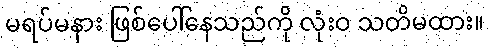
မရပ်မနား ဖြစ်ပေါ်နေသည်ကို လုံးဝ သတိမထား။